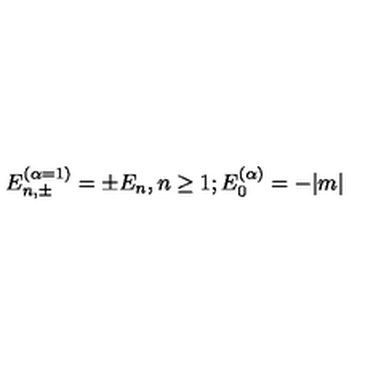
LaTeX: E _ { n , \pm } ^ { ( \alpha = 1 ) } = \pm E _ { n } , n \geq 1 ; E _ { 0 } ^ { ( \alpha ) } = - | m |